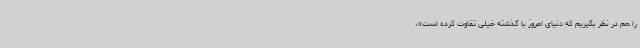
را هم در نظر بگیریم که دنیای امروز با گذشته خیلی تفاوت کرده است»،